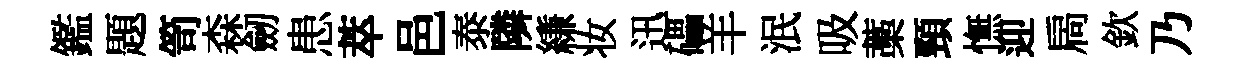
鑑題笥森劒患萃邑泰隣縑妆迅礧羊泯吸藁頸憮迎扄欽乃